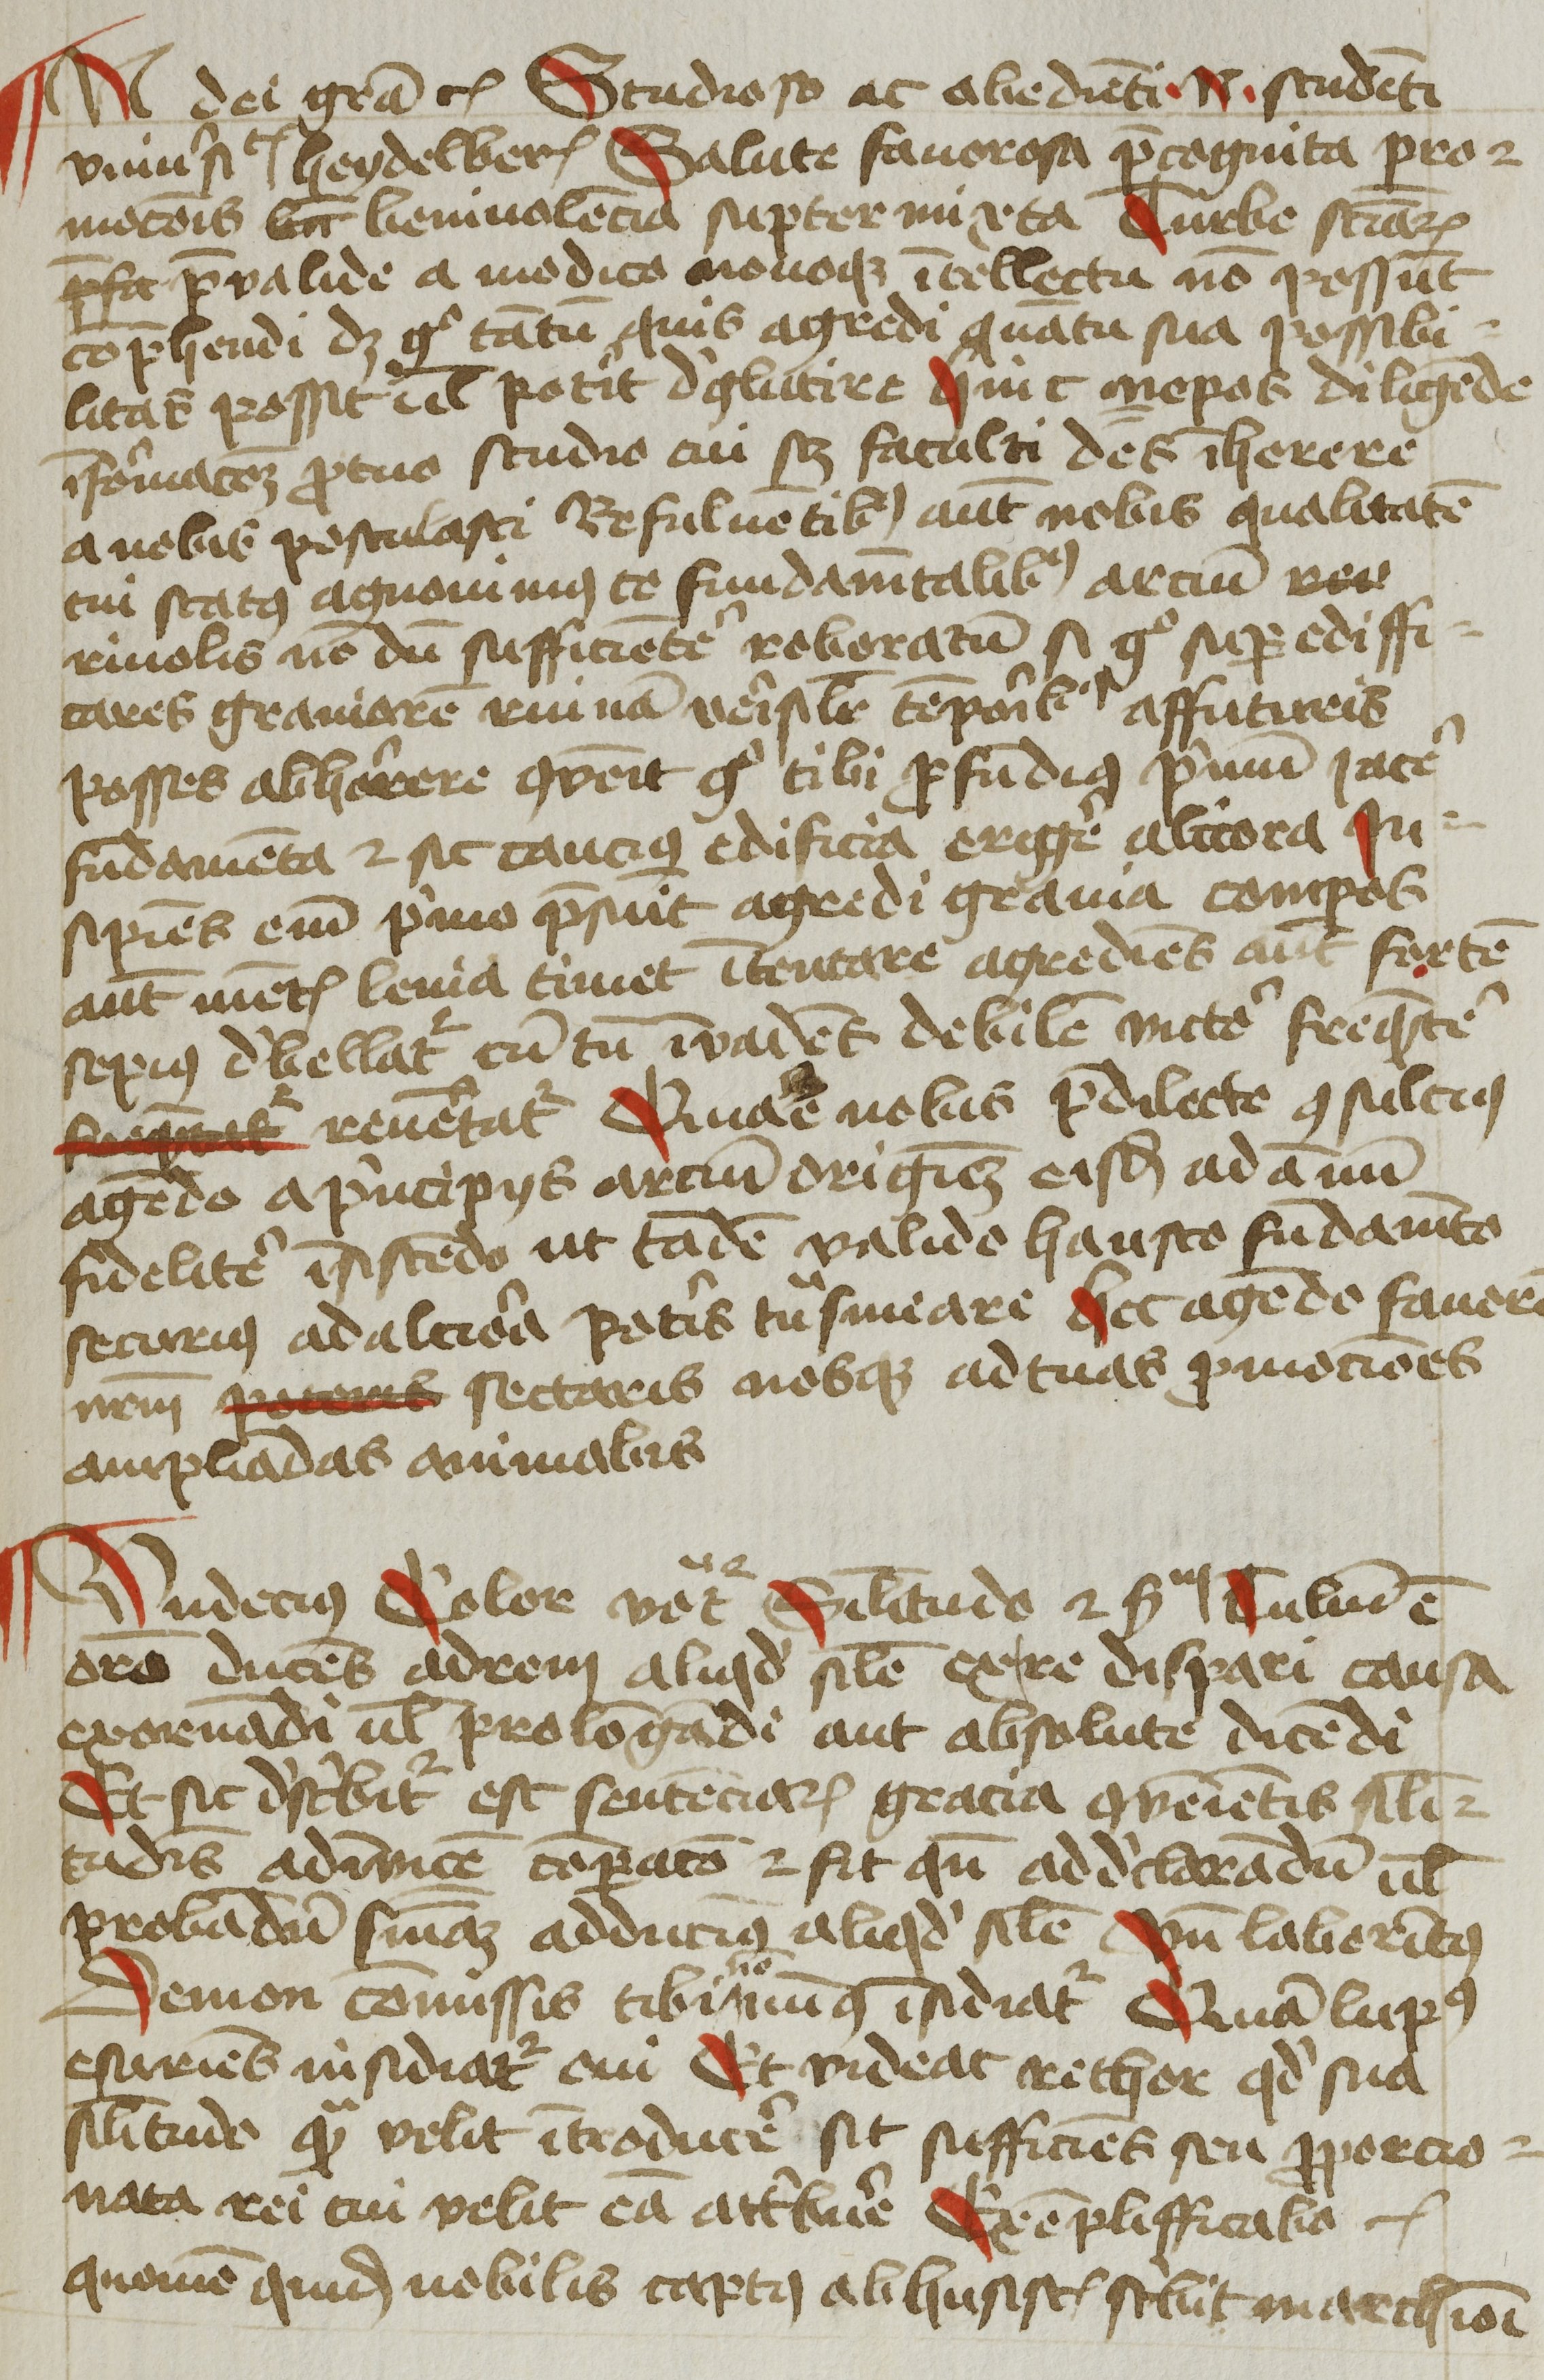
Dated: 1425–1449